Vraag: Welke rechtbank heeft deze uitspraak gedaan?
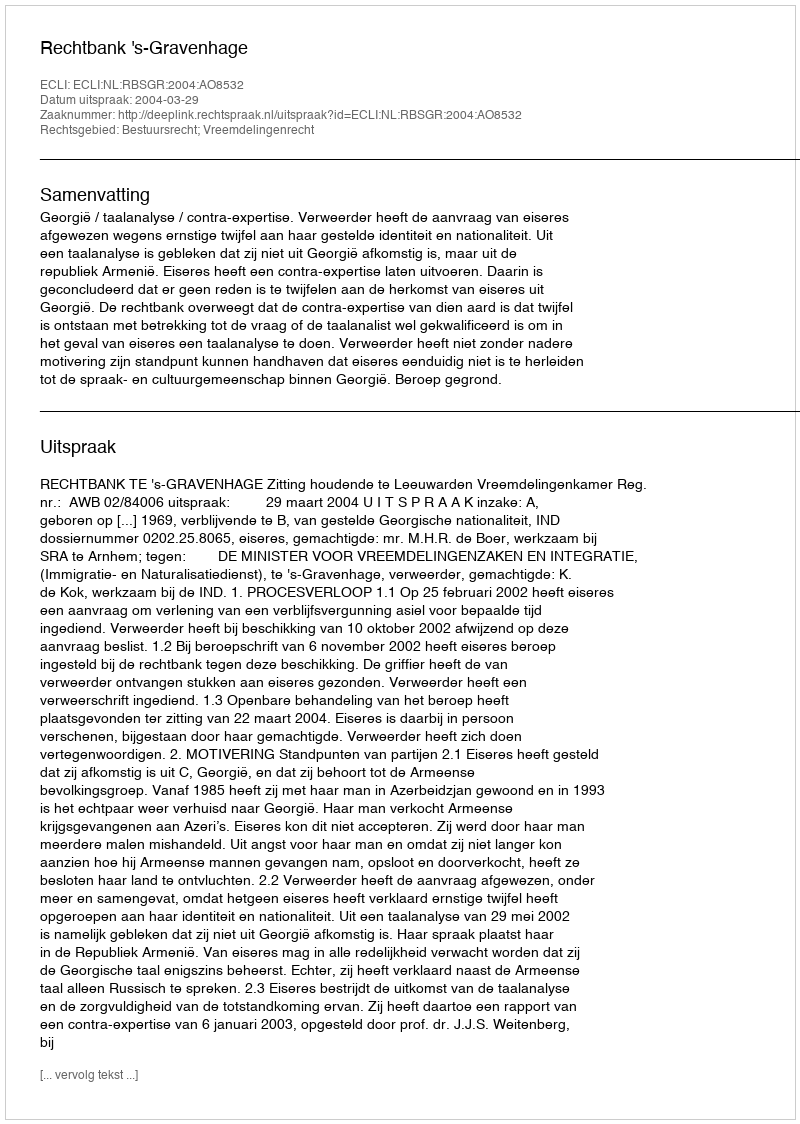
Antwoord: Rechtbank 's-Gravenhage